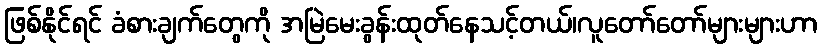
ဖြစ်နိုင်ရင် ခံစားချက်တွေကို အမြဲမေးခွန်းထုတ်နေသင့်တယ်၊လူတော်တော်များများဟာ